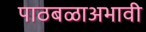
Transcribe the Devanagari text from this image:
पाठबळाअभावी